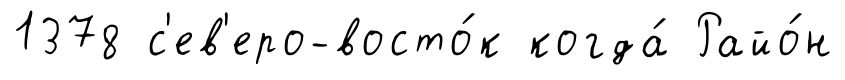
1378 с'ев'еро-восто́к когда́ Райо́н